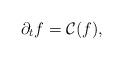
LaTeX: \begin{align*}\partial_t f = \mathcal{C}(f),\end{align*}